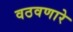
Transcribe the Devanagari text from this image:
वठवणारे